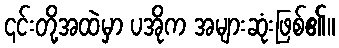
၎င်းတို့အထဲမှာ ပအိုက အများဆုံးဖြစ်၏။